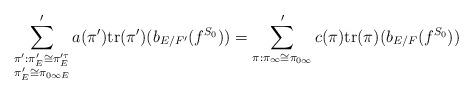
LaTeX: \begin{align*}&\sum'_{\substack{\pi':\pi'_E \cong \pi'^{\tau}_E\\\pi'_E \cong \pi_{0\infty E}}} a(\pi')\mathrm{tr}(\pi')(b_{E/F'}(f^{S_{0}}))=\sum'_{\pi:\pi_{\infty} \cong \pi_{0\infty}} c(\pi)\mathrm{tr}(\pi)(b_{E/F}(f^{S_{0}}))\end{align*}